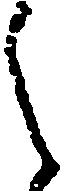
之